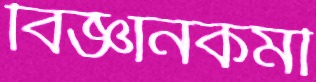
বিজ্ঞানকর্মী